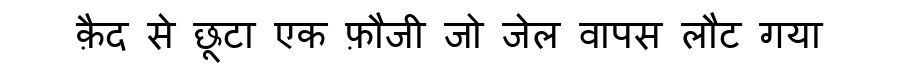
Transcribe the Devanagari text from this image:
क़ैद से छूटा एक फ़ौजी जो जेल वापस लौट गया